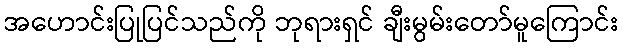
အဟောင်းပြုပြင်သည်ကို ဘုရားရှင် ချီးမွမ်းတော်မူကြောင်း